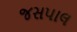
જસપાલ